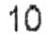
10